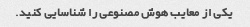
یکی از معایب هوش مصنوعی را شناسایی کنید.